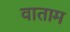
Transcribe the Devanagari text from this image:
वाताम